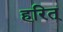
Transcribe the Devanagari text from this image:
हरित्‌